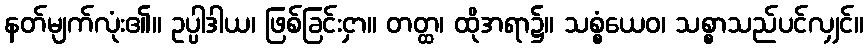
နတ်မျက်လုံး၏။ ဥပ္ပါဒါယ၊ ဖြစ်ခြင်းငှာ။ တတ္ထ၊ ထိုအရာ၌။ သစ္စံယေဝ၊ သစ္စာသည်ပင်လျှင်။